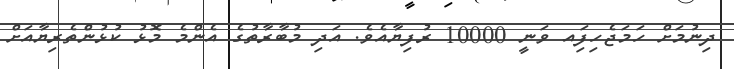
ދިނުމަށް ހަމަޖެހިފަިއ ވަނީ 10000 ރުފިޔާއެވެ. އަދި މުބާރާތުގެ އެންމެ މޮޅު ކުޅުންެތެރިޔާއަށް